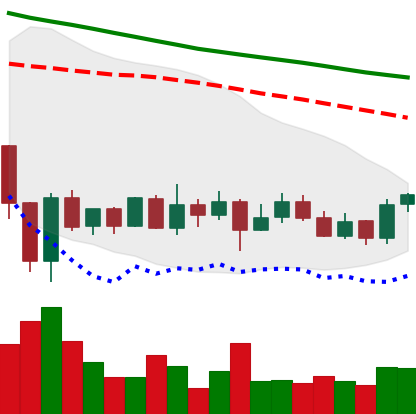
Ticker: ADA-USD
Chart end date: 2020-01-04
Forward return: 5.099%
Label: up_5_7